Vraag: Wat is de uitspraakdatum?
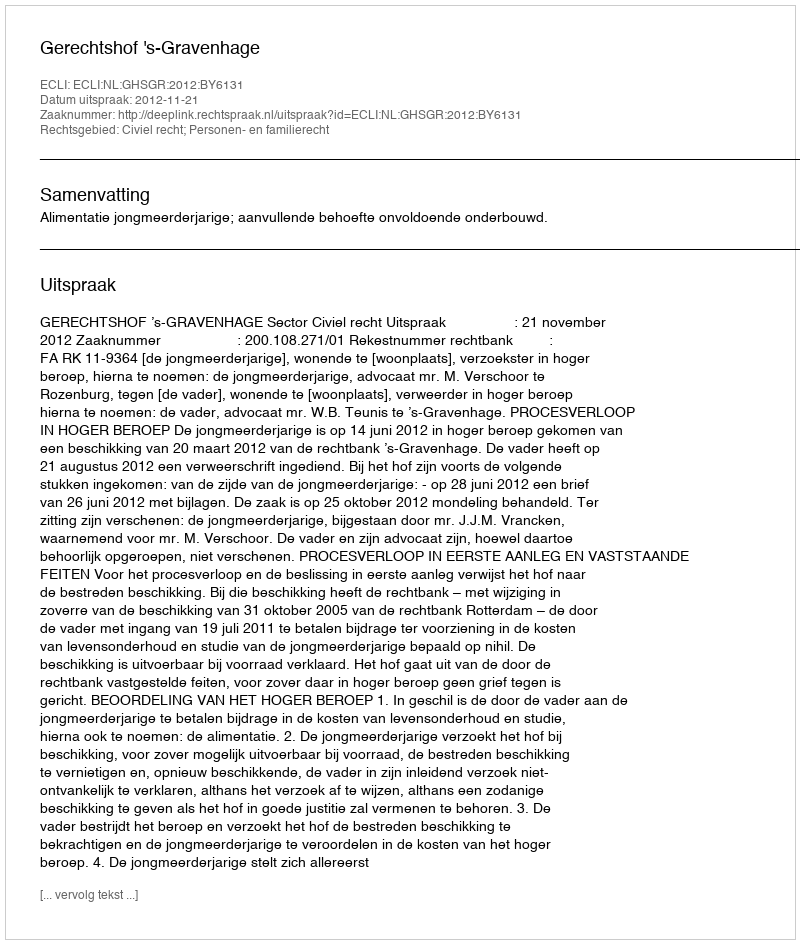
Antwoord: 2012-11-21